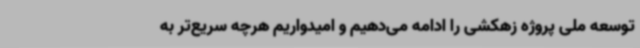
توسعه ملی پروژه زهکشی را ادامه می‌دهیم و امیدواریم هرچه سریع‌تر به